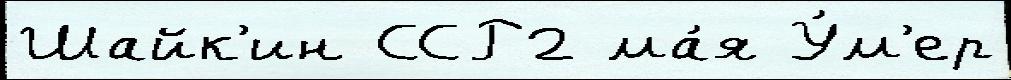
Шайк'ин ССР2 ма́я У́м'ер